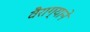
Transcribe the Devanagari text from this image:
वैराग्याने